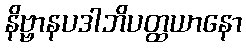
နိဗ္ဗာနပဒါဘိပတ္ထယာနော